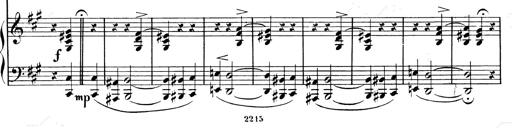
Title: Valse Impromptu
Composer: Emil von Sauer